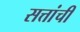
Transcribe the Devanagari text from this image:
सत्तांची